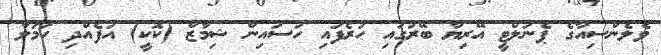
ވެލެންސިއާގެ ޕެނަލްޓީ އޭރިޔާ ބޭރުގައި ހުރެފައި ހުސައިން ޝިމާޒް (ކޮކީ) އުފެއްދި ހަމަލާ